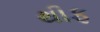
થીફ